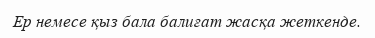
Ер немесе қыз бала балиғат жасқа жеткенде.